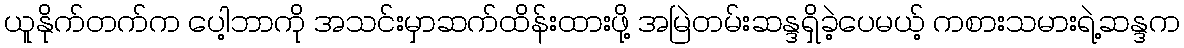
ယူနိုက်တက်က ပေါ့ဘာကို အသင်းမှာဆက်ထိန်းထားဖို့ အမြဲတမ်းဆန္ဒရှိခဲ့ပေမယ့် ကစားသမားရဲ့ဆန္ဒက